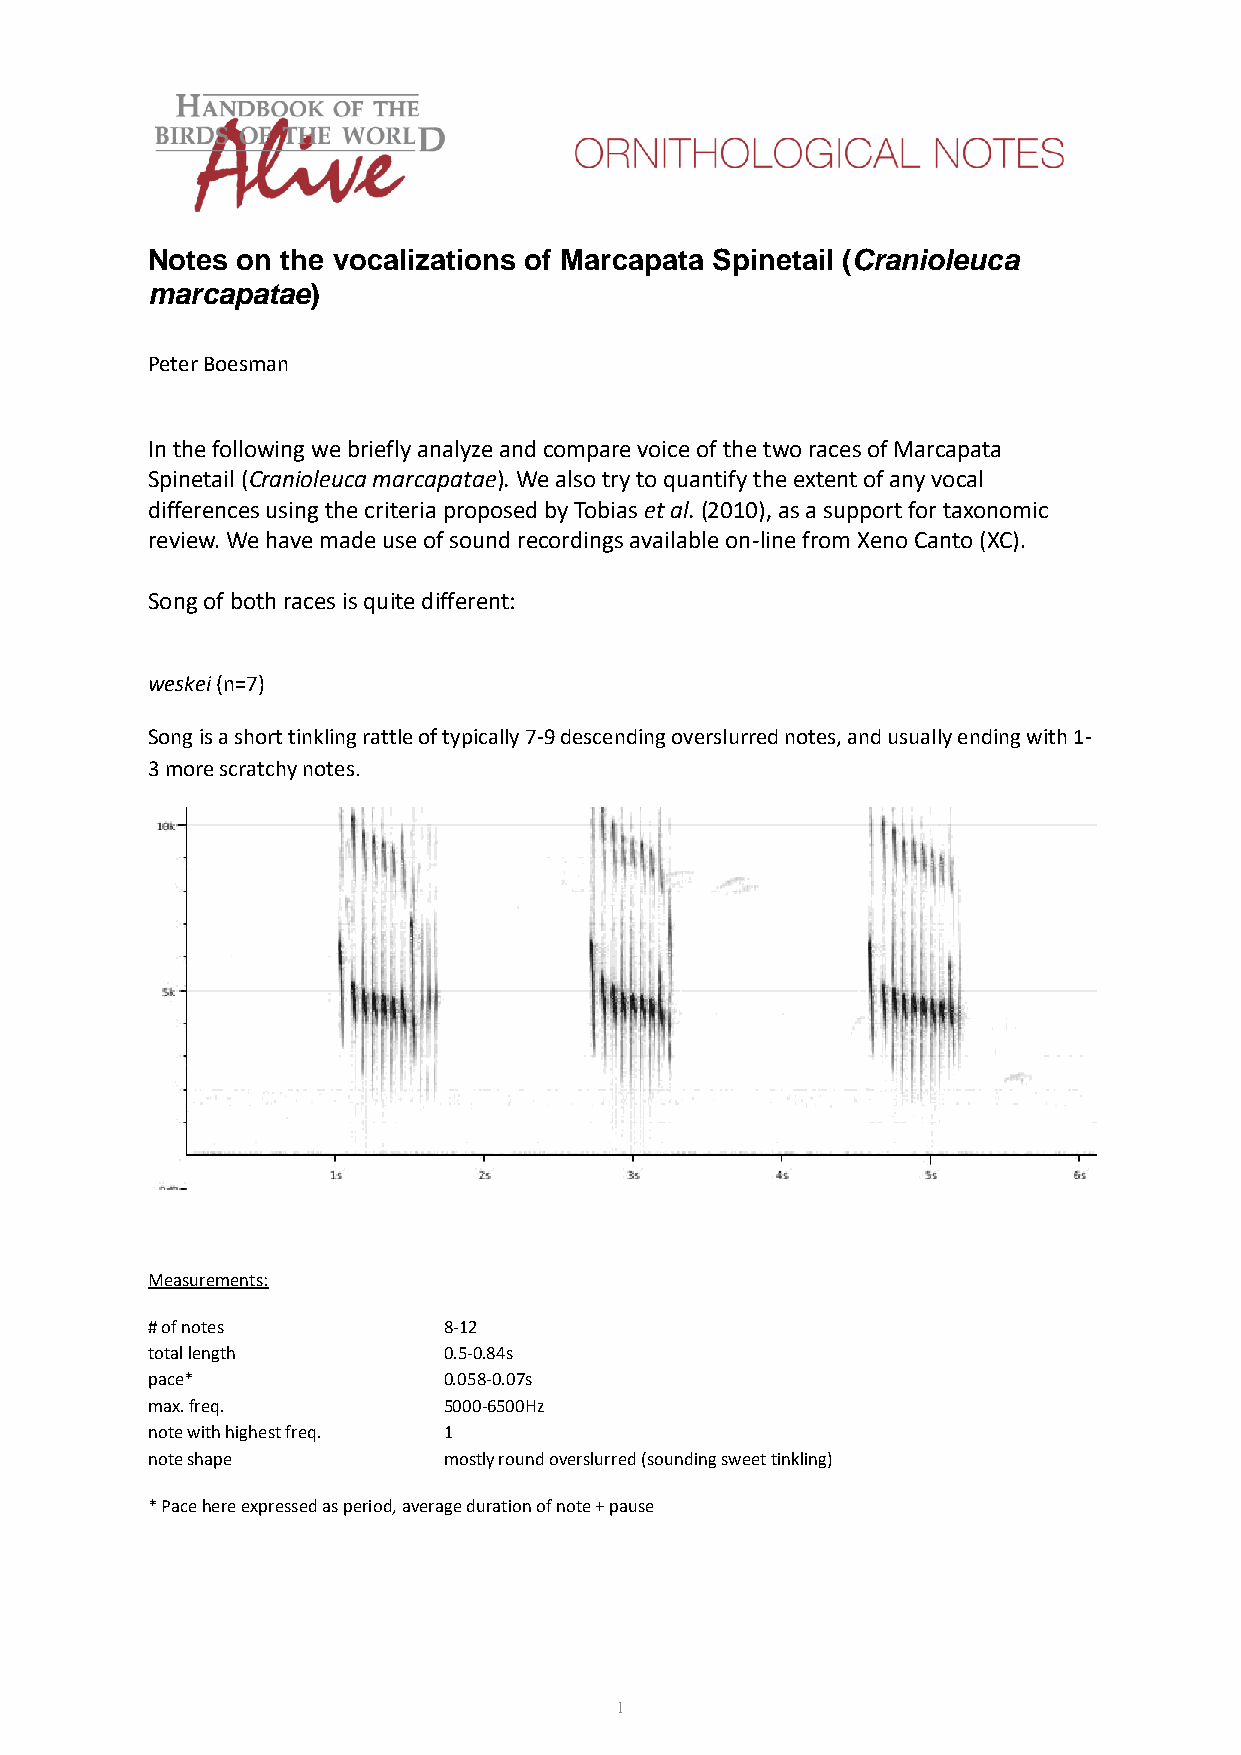
Notes on the vocalizations of Marcapata Spinetail (Cranioleuca
 marcapatae)
 Peter Boesman
 In the following we briefly analyze and compare voice of the two races of Marcapata
 Spinetail (Cranioleuca marcapatae). We also try to quantify the extent of any vocal
 differences using the criteria proposed by Tobias et al. (2010), as a support for taxonomic
 review. We have made use of sound recordings available on-line from Xeno Canto (XC).
 Song of both races is quite different:
 weskei (n=7)
 Song is a short tinkling rattle of typically 7-9 descending overslurred notes, and usually ending with 1-
 3 more scratchy notes.
 Measurements:
 # of notes         8-12
 total length       0.5-0.84s
 pace*              0.058-0.07s
 max. freq.         5000-6500Hz
 note with highest freq. 1
 note shape         mostly round overslurred (sounding sweet tinkling)
 * Pace here expressed as period, average duration of note + pause
 1